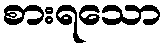
စားရသော